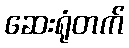
ဆေးရုံတက်